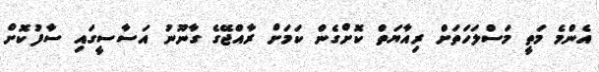
އެންމެ މަތީ މަސްލަހަތަށް ރިއާޔަތް ކޮށްގެން ކަމަށް ރާއްޖޭގެ ގާނޫނު އަސާސީގައި ސާފުކޮށް